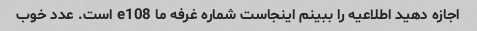
اجازه دهید اطلاعیه را ببینم اینجاست شماره غرفه ما e108 است. عدد خوب